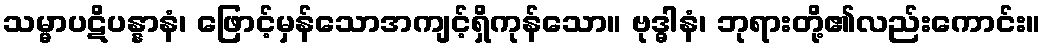
သမ္မာပဋိပန္နာနံ၊ ဖြောင့်မှန်သောအကျင့်ရှိကုန်သော။ ဗုဒ္ဓါနံ၊ ဘုရားတို့၏လည်းကောင်း။